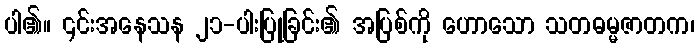
ပါ၏။ ၎င်းအနေသန ၂၁-ပါးပြုခြင်း၏ အပြစ်ကို ဟောသော သတဓမ္မဇာတက၊